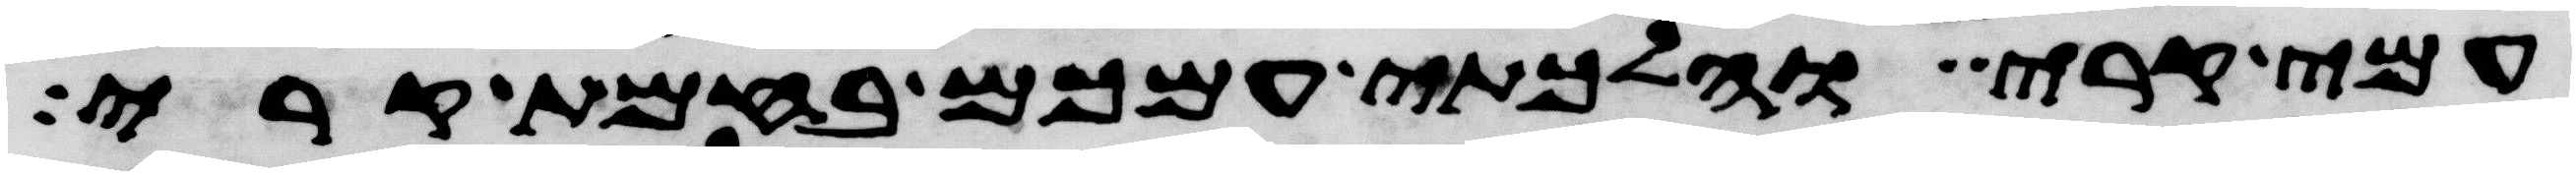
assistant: עמי קרי והלכתי עמכם בחמת קרי